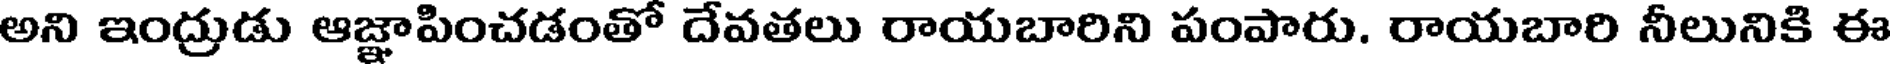
అని ఇంద్రుడు ఆజ్ఞాపించడంతో దేవతలు రాయబారిని పంపారు. రాయబారి నీలునికి ఈ